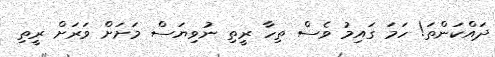
ދައްކަންތަ! ހަމަ ގައިމު ވެސް ތިހާ ރީތި ނުވިޔަސް މަށަށް ވަރަށް ރީތި